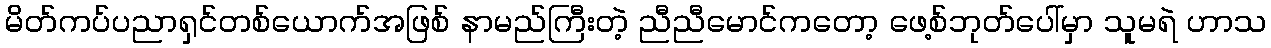
မိတ်ကပ်ပညာရှင်တစ်ယောက်အဖြစ် နာမည်ကြီးတဲ့ ညီညီမောင်ကတော့ ဖေ့စ်ဘုတ်ပေါ်မှာ သူမရဲ ဟာသ